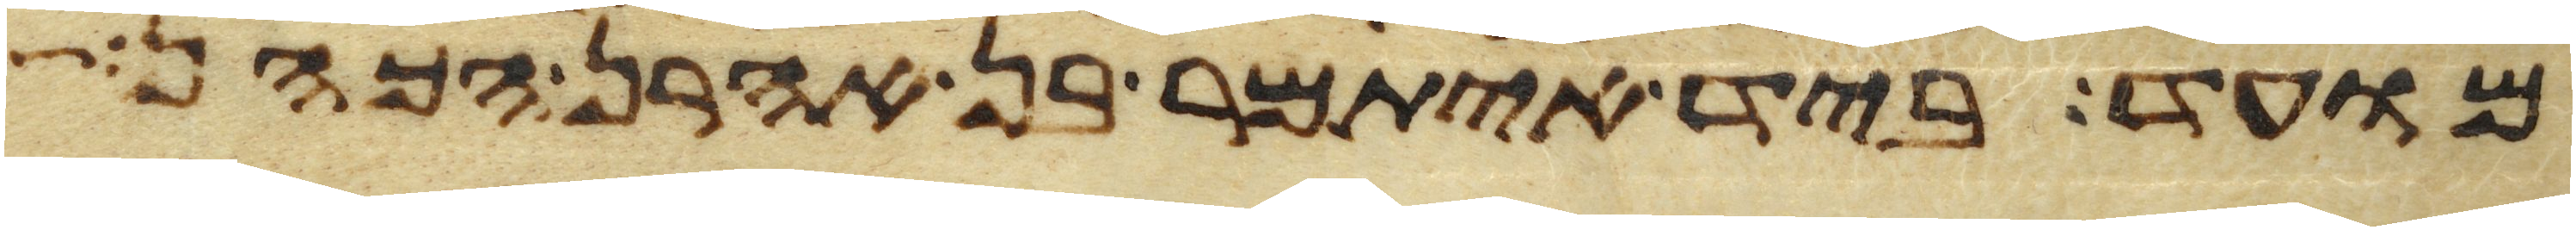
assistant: מועד ביד איתמר בן אהרן הכהן